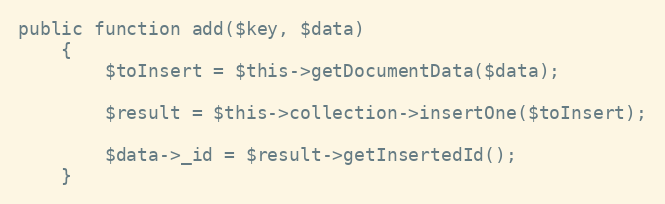
Language: PHP
public function add($key, $data)
    {
        $toInsert = $this->getDocumentData($data);

        $result = $this->collection->insertOne($toInsert);

        $data->_id = $result->getInsertedId();
    }